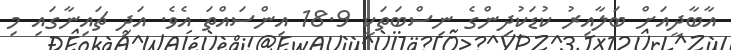
އާބާދީއަށް ބަލާއިރު ކުޑަކުދިންގެ ނިސްބަތަކީ 18.9 އިންސައްތަ އެވެ. އަދި ޗައިނާގައި މި